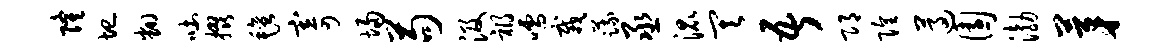
隆圮翻吐掇毡寄埽苟汲祸嚅栽蔬丞混其吾邛隍遵园渤茅